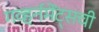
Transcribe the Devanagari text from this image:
गव्हर्नमेंट्सची